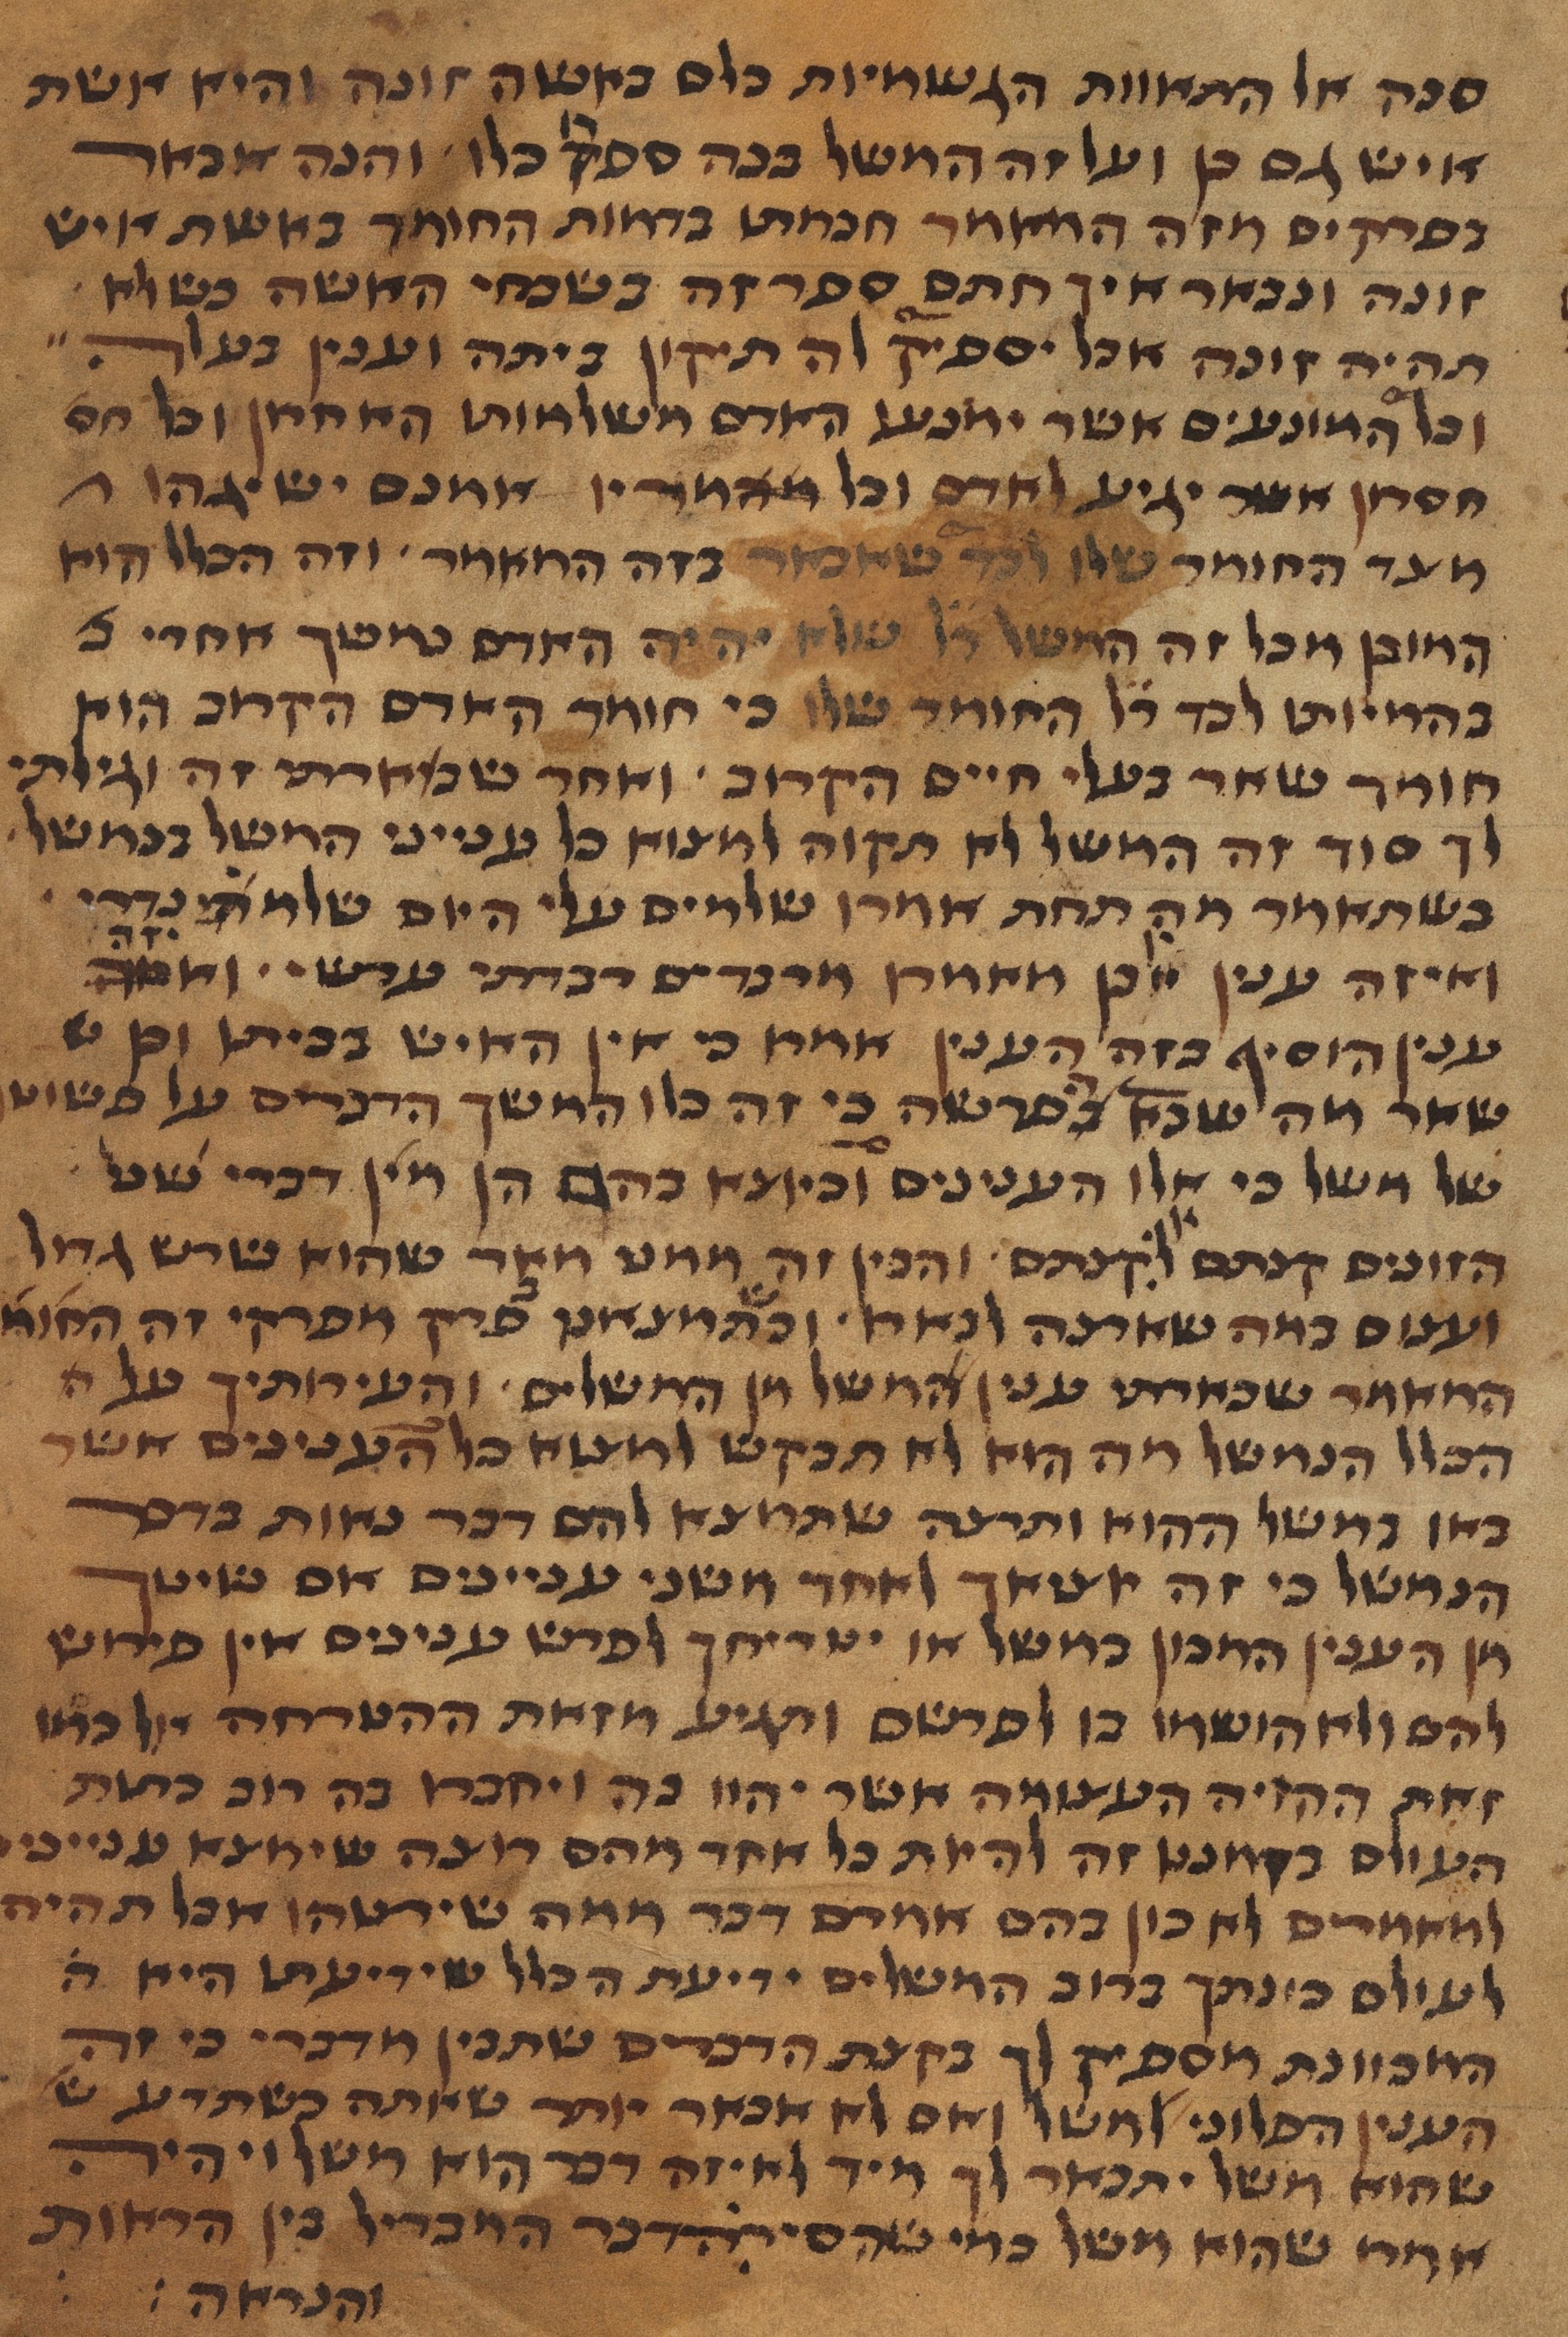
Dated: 1450–1499